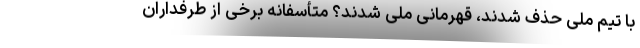
با تیم ملی حذف شدند، قهرمانی ملی شدند؟ متأسفانه برخی از طرفداران